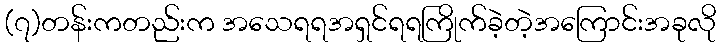
(၇)တန်းကတည်းက အသေရရအရှင်ရရကြိုက်ခဲ့တဲ့အကြောင်းအခုလို